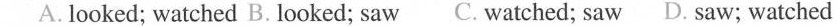
A. looked; watched B.looked; saw C. watched; saw D. saw; watched